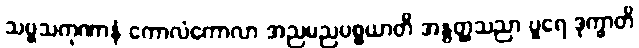
သဗ္ဗသကုဏာနံ ကောလံကောလာ အညမညပစ္စယာတိ အနွတ္ထသညာ ပူရေ ဒုက္ခာတိ